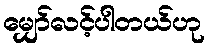
မျှော်လင့်ပါတယ်ဟု